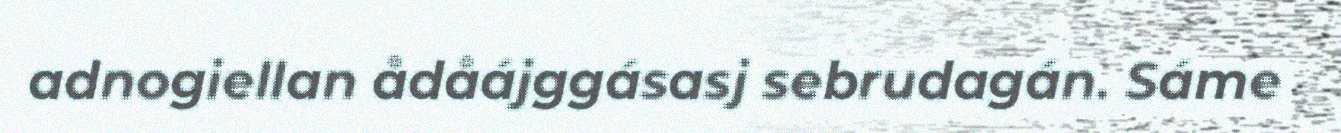
adnogiellan ådåájggásasj sebrudagán. Sáme